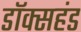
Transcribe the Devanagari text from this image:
डॉक्सहंड